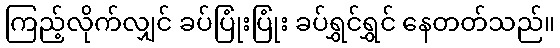
ကြည့်လိုက်လျှင် ခပ်ပြုံးပြုံး ခပ်ရွှင်ရွှင် နေတတ်သည်။